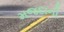
મજદાની